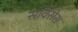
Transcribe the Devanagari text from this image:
सर्विसेस